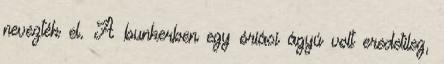
nevezték el. A bunkerben egy óriási ágyú volt eredetileg,